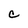
Character: C